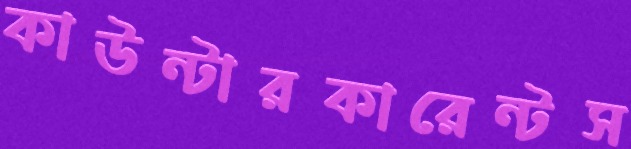
কাউন্টারকারেন্টস